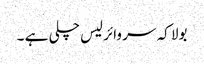
بولا کہ سر وائرلیس چلی ہے ۔